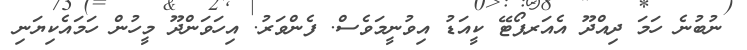
ނުބުނެ ހަމަ ދިއްދޫ އެއަރޕޯޓޭ ކީއަޑު އިވުނީމަވެސް. ފެންވަރު. އިހަވަންދޫ މީހުން ހަމައެކިޔަނި